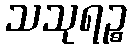
သသုရဉ္စ